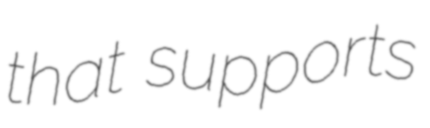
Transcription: that supports